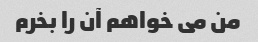
من می خواهم آن را بخرم